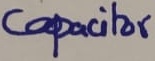
Text: Capacitor